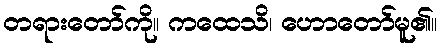
တရားတော်ကို။ ကထေသိ၊ ဟောတော်မူ၏။